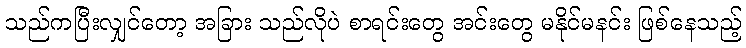
သည်ကပြီးလျှင်တော့ အခြား သည်လိုပဲ စာရင်းတွေ အင်းတွေ မနိုင်မနင်း ဖြစ်နေသည့်